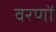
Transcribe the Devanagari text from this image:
वरणों